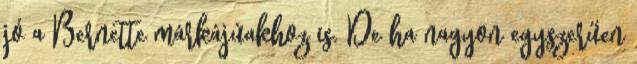
jó a Bernette márkájúakhoz is. De ha nagyon egyszerűen